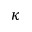
\kappa